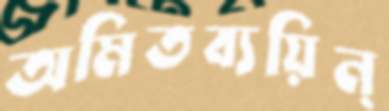
অমিতব্যয়িন্